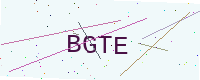
Text: BGTE